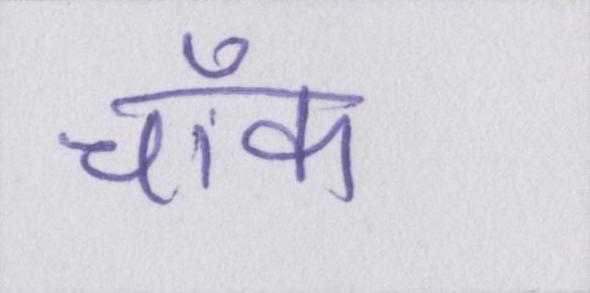
चॉक